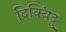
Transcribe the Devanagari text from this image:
दिक्बिंदु